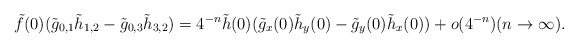
\begin{align*}\tilde{f}(0)(\tilde{g}_{0,1}\tilde{h}_{1,2} - \tilde{g}_{0,3}\tilde{h}_{3,2}) = 4^{-n}\tilde{h}(0)(\tilde{g}_{x}(0)\tilde{h}_{y}(0) - \tilde{g}_{y}(0)\tilde{h}_{x}(0)) + o(4^{-n}) (n \to \infty).\end{align*}